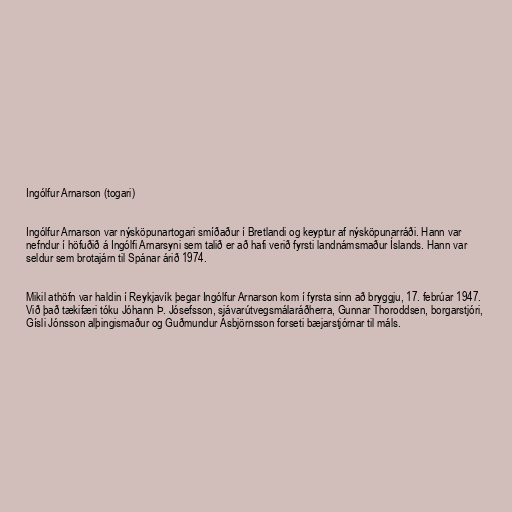
Ingólfur Arnarson (togari)

Ingólfur Arnarson var nýsköpunartogari smíðaður í Bretlandi og keyptur af nýsköpunarráði. Hann var
nefndur í höfuðið á Ingólfi Arnarsyni sem talið er að hafi verið fyrsti landnámsmaður Íslands. Hann var
seldur sem brotajárn til Spánar árið 1974.

Mikil athöfn var haldin í Reykjavík þegar Ingólfur Arnarson kom í fyrsta sinn að bryggju, 17. febrúar 1947.
Við það tækifæri tóku Jóhann Þ. Jósefsson, sjávarútvegsmálaráðherra, Gunnar Thoroddsen, borgarstjóri,
Gísli Jónsson alþingismaður og Guðmundur Ásbjörnsson forseti bæjarstjórnar til máls.